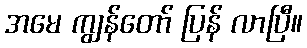
အမေ ကျွန်တော် ပြန် လာပြီ။